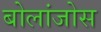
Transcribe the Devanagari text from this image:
बोलांजोस